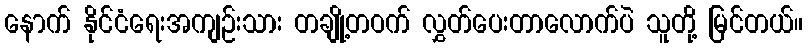
နောက် နိုင်ငံရေးအကျဉ်းသား တချို့တဝက် လွှတ်ပေးတာလောက်ပဲ သူတို့ မြင်တယ်။